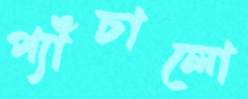
প্যাঁচালো